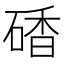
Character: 𥔜